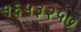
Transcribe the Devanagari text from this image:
१६५३२५७